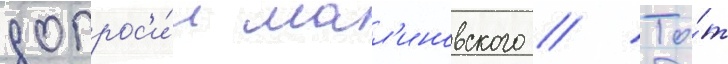
допрос'и́л мал'иновского // То́т